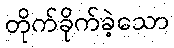
တိုက်ခိုက်ခဲ့သော